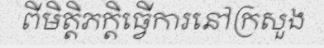
ពីមិត្តិភក្តិធ្វើការនៅក្រសួង